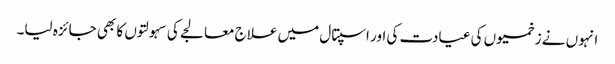
انہوں نے زخمیوں کی عیادت کی اور اسپتال میں علاج معالجے کی سہولتوں کا بھی جائزہ لیا۔